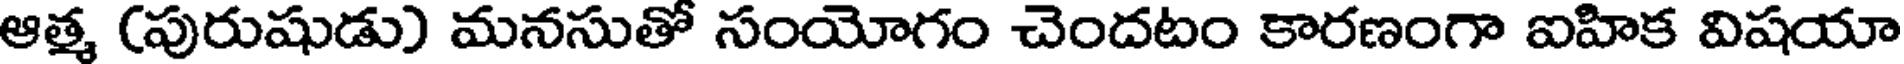
ఆత్మ (పురుషుడు) మనసుతో సంయోగం చెందటం కారణంగా ఐహిక విషయా